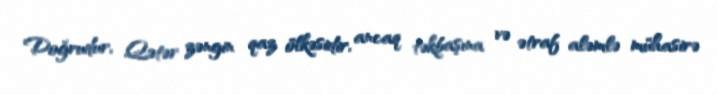
Doğrudur, Qətər zəngin qaz ölkəsidir, ancaq təkbaşına və ətraf aləmlə mühasirə